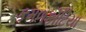
કમળકોટિયા